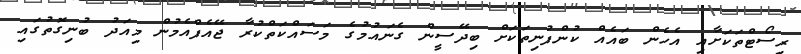
ރިސޯޓްތަކަށާއި އެހެން ބައެއް ކުންފުނިތަކަށް ބިދޭސީން ގެނައުމުގެ މަސަައްކަތްކުރާ ޖޭއެފްއެމުން މިއަދު ބުނިގޮތުގައި